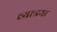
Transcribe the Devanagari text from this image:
व्यात्रया